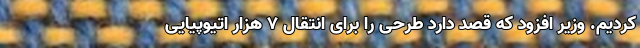
کردیم. وزیر افزود که قصد دارد طرحی را برای انتقال 7 هزار اتیوپیایی